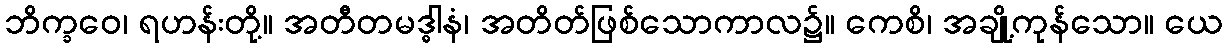
ဘိက္ခဝေ၊ ရဟန်းတို့။ အတီတမဒ္ဓါနံ၊ အတိတ်ဖြစ်သောကာလ၌။ ကေစိ၊ အချို့ကုန်သော။ ယေ